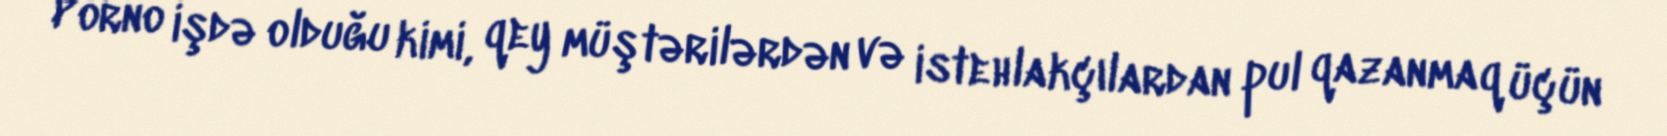
Porno işdə olduğu kimi, qey müştərilərdən və istehlakçılardan pul qazanmaq üçün